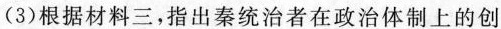
(3)根据材料三，指出秦统治者在政治体制上的创